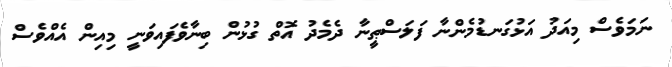
ނަމަވެސް މިއަދު އަޅުގަނޑުމެންނާ ފަލަސްޠީނާ ދެމެދު އޮތް ގުޅުން ބިނާވެފައިވަނީ މިއިން އެއްވެސް